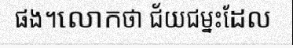
ផង។លោកថា ជ័យជម្នះដែល